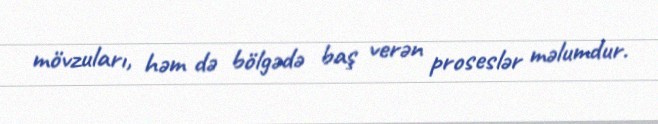
mövzuları, həm də bölgədə baş verən proseslər məlumdur.